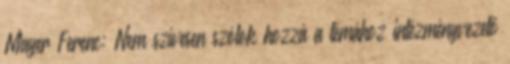
Mayer Ferenc: Nem szívesen szólok hozzá a témához intézményvezető